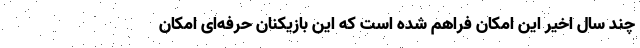
چند سال اخیر این امکان فراهم شده است که این بازیکنان حرفه‌ای امکان